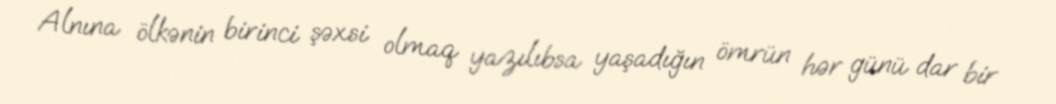
Alnına ölkənin birinci şəxsi olmaq yazılıbsa yaşadığın ömrün hər günü dar bir